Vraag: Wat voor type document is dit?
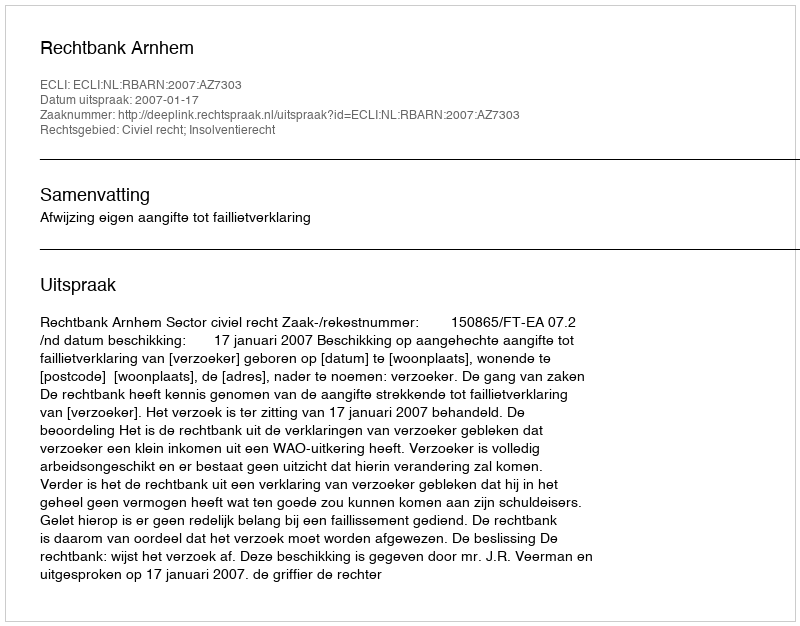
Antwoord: Uitspraak